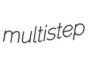
multistep